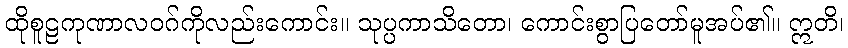
ထိုစူဠကုဏာလဝဂ်ကိုလည်းကောင်း။ သုပ္ပကာသိတော၊ ကောင်းစွာပြတော်မူအပ်၏။ ဣတိ၊